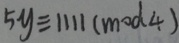
5 y \equiv 1 1 1 1 ( m o d 4 )